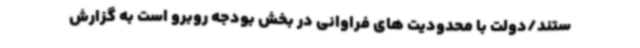
ستند/دولت با محدودیت های فراوانی در بخش بودجه روبرو است به گزارش